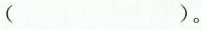
( )。